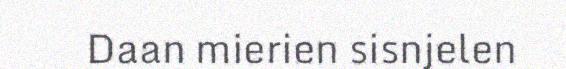
Daan mierien sisnjelen